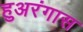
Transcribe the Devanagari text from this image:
हुअरंगास